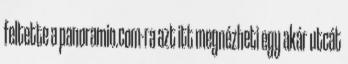
feltette a panoramio.com-ra azt itt megnézheti egy akár utcát